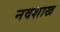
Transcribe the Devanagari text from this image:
नवशाख